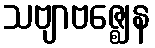
သဗျာဗဇ္ဈေန